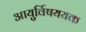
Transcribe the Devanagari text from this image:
आयुर्विषययक